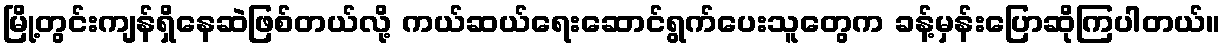
မြို့တွင်းကျန်ရှိနေဆဲဖြစ်တယ်လို့ ကယ်ဆယ်ရေးဆောင်ရွက်ပေးသူတွေက ခန့်မှန်းပြောဆိုကြပါတယ်။